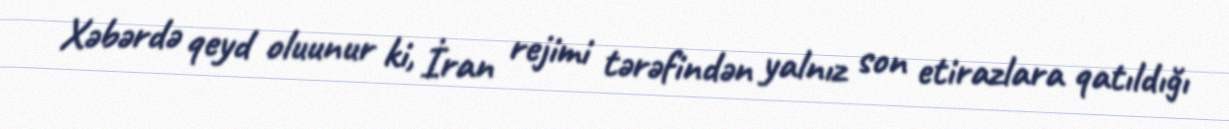
Xəbərdə qeyd oluunur ki, İran rejimi tərəfindən yalnız son etirazlara qatıldığı